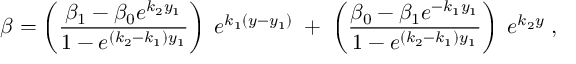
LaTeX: \beta = \left( \frac { \beta _ { 1 } - \beta _ { 0 } e ^ { k _ { 2 } y _ { 1 } } } { 1 - e ^ { ( k _ { 2 } - k _ { 1 } ) y _ { 1 } } } \right) \; e ^ { k _ { 1 } ( y - y _ { 1 } ) } \; + \; \left( \frac { \beta _ { 0 } - \beta _ { 1 } e ^ { - k _ { 1 } y _ { 1 } } } { 1 - e ^ { ( k _ { 2 } - k _ { 1 } ) y _ { 1 } } } \right) \; e ^ { k _ { 2 } y } \; ,